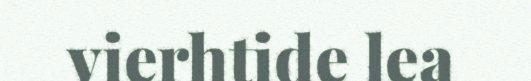
vierhtide lea